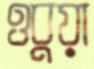
ওবুয়া